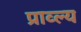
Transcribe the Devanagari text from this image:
प्राव्ल्य